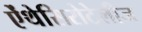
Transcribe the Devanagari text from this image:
ऐंथेसिरोटेलीज